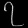
Digit: ၇